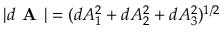
| d \textbf { A } | = ( d A _ { 1 } ^ { 2 } + d A _ { 2 } ^ { 2 } + d A _ { 3 } ^ { 2 } ) ^ { 1 / 2 }